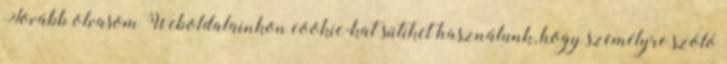
Tovább olvasom Weboldalainkon cookie-kat sütiket használunk, hogy személyre szóló